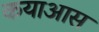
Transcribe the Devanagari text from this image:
कयाआस